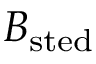
B _ { \mathrm { s t e d } }